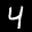
Label: 4